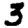
Digit: 3